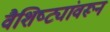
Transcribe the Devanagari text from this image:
वैशिष्ट्यांवरून